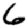
Digit: 6